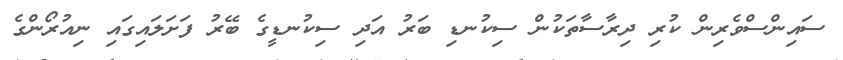
ސައިންސްވެރިން ކުރި ދިރާސާތަކުން ސިކުނޑި ބަރު އަދި ސިކުނޑީގެ ބޭރު ފަށަލައިގައި ނިއުރޯންގެ